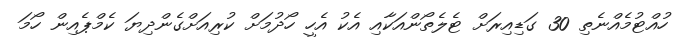
ހުއްޓުމެއްނެތި 30 ގަޑިއިރަށް ޓެލެތޯންއަކާއި އެކު އެހީ ހޯދުމަށް ކުރިއަށްގެންދިޔަ ކެމްޕެއިން ހޯމަ